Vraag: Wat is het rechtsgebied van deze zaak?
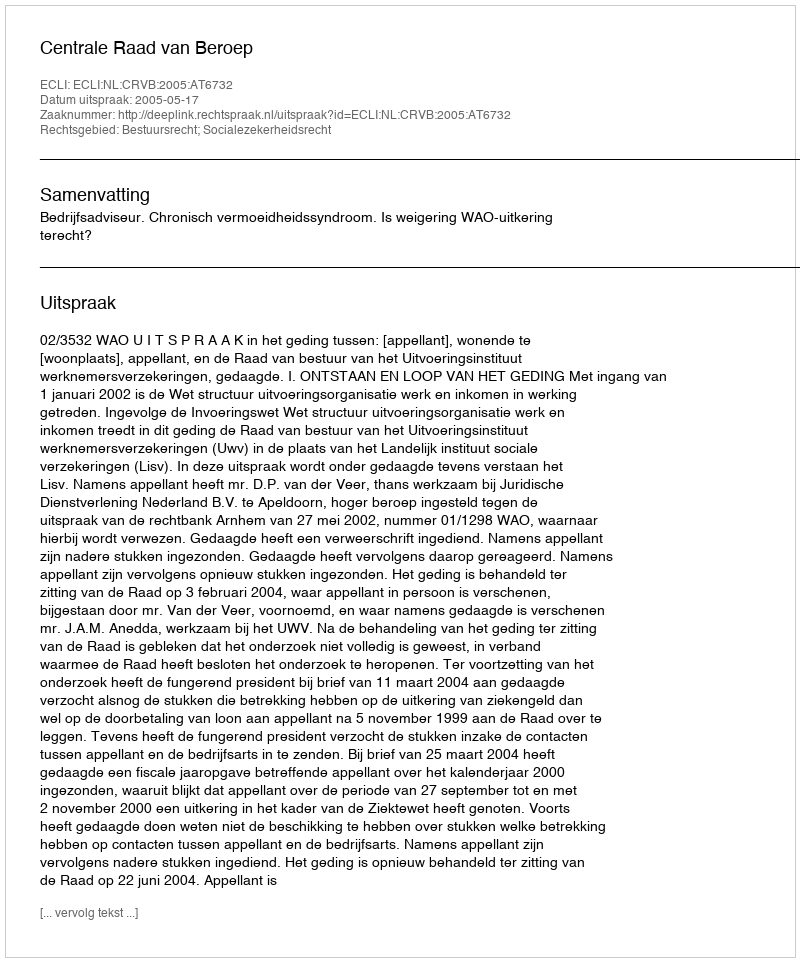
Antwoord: Bestuursrecht; Socialezekerheidsrecht